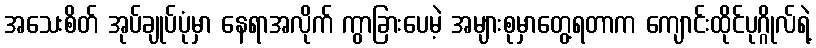
အသေးစိတ် အုပ်ချုပ်ပုံမှာ နေရာအလိုက် ကွာခြားပေမဲ့ အများစုမှာတွေ့ရတာက ကျောင်းထိုင်ပုဂ္ဂိုလ်ရဲ့